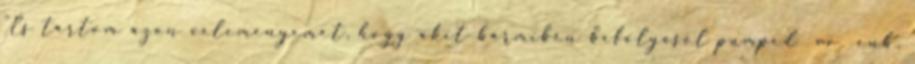
"Es tartom azon velemenyemet, hogy akit barmiben befolyasol pumped vv enb,